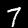
Label: 7